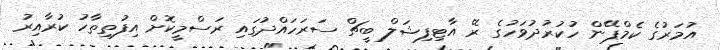
އުމަރުގެ ކެމްޕޭން ހުކުރުދުވަހުގެ ރޭ އާޓިފިޝަލް ބީޗް ސަރަހައްދުގައި ރަސްމީކޮށް އިފުތިތާހު ކުރާއިރު